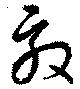
效